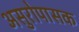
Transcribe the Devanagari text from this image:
असुरोपासक